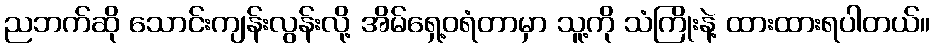
ညဘက်ဆို သောင်းကျန်းလွန်းလို့ အိမ်ရှေ့ဝရံတာမှာ သူ့ကို သံကြိုးနဲ့ ထားထားရပါတယ်။